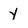
Character: Y